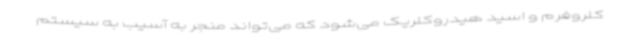
کلروفرم و اسید هیدروکلریک می‌شود که می‌تواند منجر به آسیب به سیستم